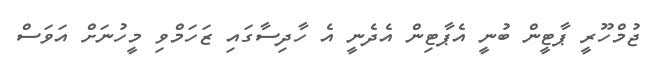
ޖުމްހޫރީ ޕާޓީން ބުނީ އެޕާޓިން އެދެނީ އެ ހާދިސާގައި ޒަހަމްވި މީހުނަށް އަވަސް